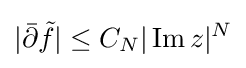
|{\bar {\partial }}{\tilde {f}}|\leq C_{N}|\operatorname {Im} z|^{N}